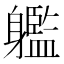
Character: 𨊔